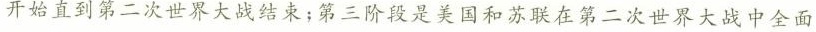
开始直到第二次世界大战结束；第三阶段是美国和苏联在第二次世界大战中全面